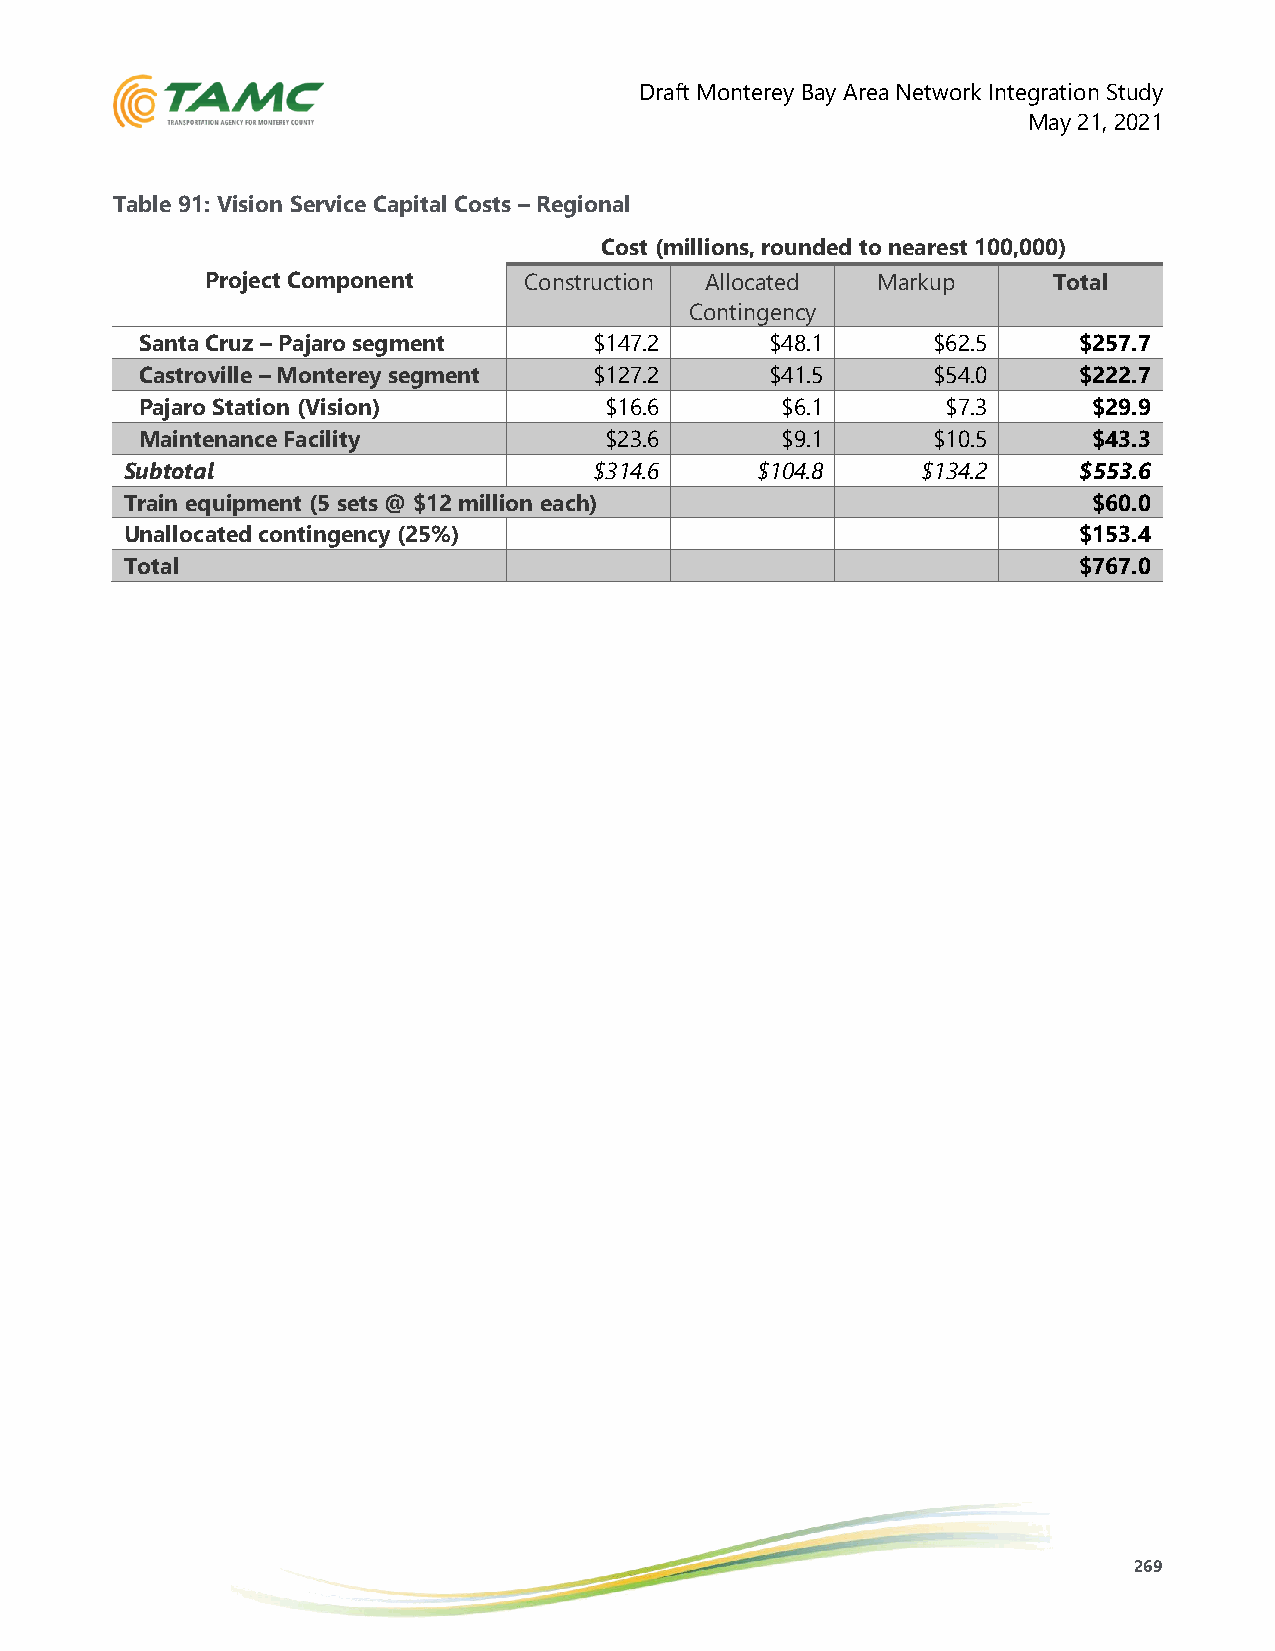
Draft Monterey Bay Area Network Integration Study
 May 21, 2021
 Table 91: Vision Service Capital Costs – Regional
 Cost (millions, rounded to nearest 100,000)
 Project Component    Construction Allocated Markup      Total
 Contingency
 Santa Cruz – Pajaro segment   $147.2      $48.1      $62.5    $257.7
 Castroville – Monterey segment $127.2     $41.5      $54.0    $222.7
 Pajaro Station (Vision)        $16.6       $6.1       $7.3     $29.9
 Maintenance Facility           $23.6       $9.1      $10.5     $43.3
 Subtotal                       $314.6     $104.8     $134.2    $553.6
 Train equipment (5 sets @ $12 million each)                     $60.0
 Unallocated contingency (25%)                                  $153.4
 Total                                                          $767.0
 269